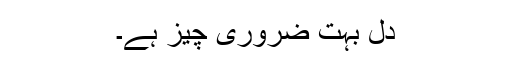
دل بہت ضروری چیز ہے۔